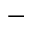
-